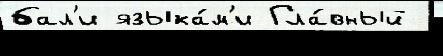
бал'и языка́м'и Гла́вный